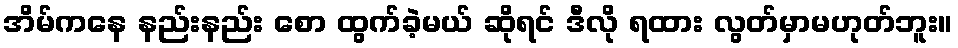
အိမ်ကနေ နည်းနည်း စော ထွက်ခဲ့မယ် ဆိုရင် ဒီလို ရထား လွတ်မှာမဟုတ်ဘူး။